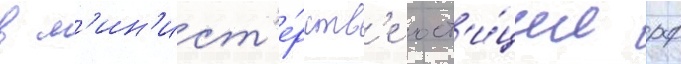
в м'ин'ист'е́рств'е юст'и́ции рф